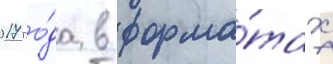
2017 го́да в форма́тах